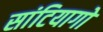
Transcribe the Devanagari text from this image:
सांटियागो